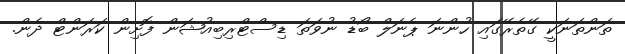
ތަންތަނަކީ ގޭތެރޭގައި ހުންނަ ޕެނަލް ބޯޑު ނުވަތަ ޑިސްޓްރިބިއުޝަން ފޮށިން ކަރަންޓް ދެން.